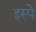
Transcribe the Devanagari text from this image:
इस्पे